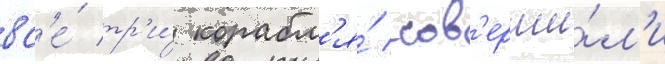
вс'е́ тр'и́ корабл'я́ сов'ерши́л'и